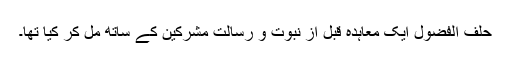
حلف الفضول ایک معاہدہ قبل از نبوت و رسالت مشرکین کے ساتھ مل کر کیا تھا۔